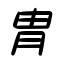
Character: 冑